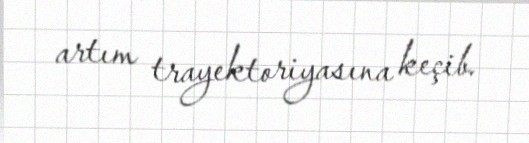
artım trayektoriyasına keçib.